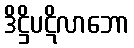
ဒိဋ္ဌိပဋိလာဘော